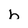
Character: h